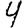
Digit: 4